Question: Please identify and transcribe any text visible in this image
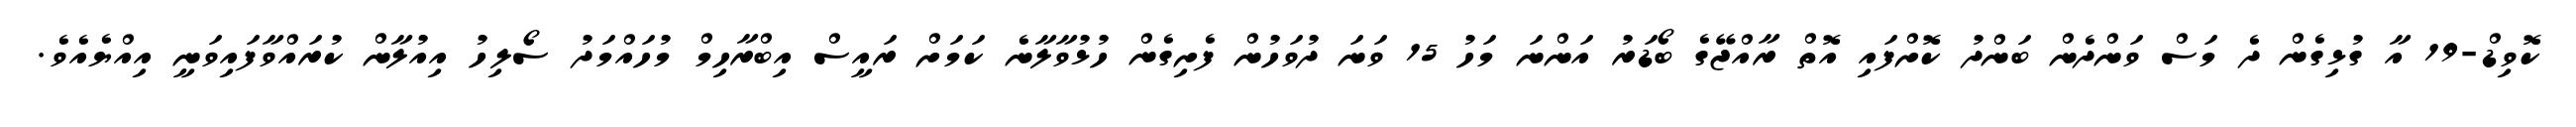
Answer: ކޮވިޑް-19 އާ ގުޅިގެން ދެ މަސް ވަންދެން ބަންދު ކޮށްފައި އޮތް ރާއްޖޭގެ ބޯޑަރު އަންނަ މަހު 15 ވަނަ ދުވަހުން ފެށިގެން ހުޅުވާލާނެ ކަމަށް ރައީސް އިބްރާހިމް މުހައްމަދު ސޯލިހު އިއުލާން ކުރައްވާފައިވަނީ އިއްޔެއެވެ.